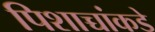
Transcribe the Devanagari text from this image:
पिशाच्चांकडे